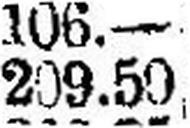
209.50